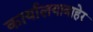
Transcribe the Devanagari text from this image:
कार्यालयाबाहेर